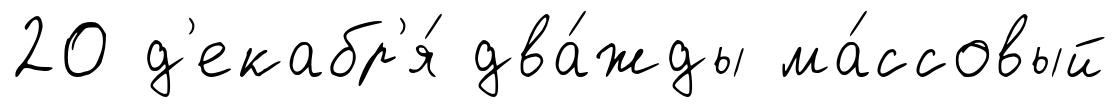
20 д'екабр'я́ два́жды ма́ссовый